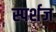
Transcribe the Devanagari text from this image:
स्पर्शज